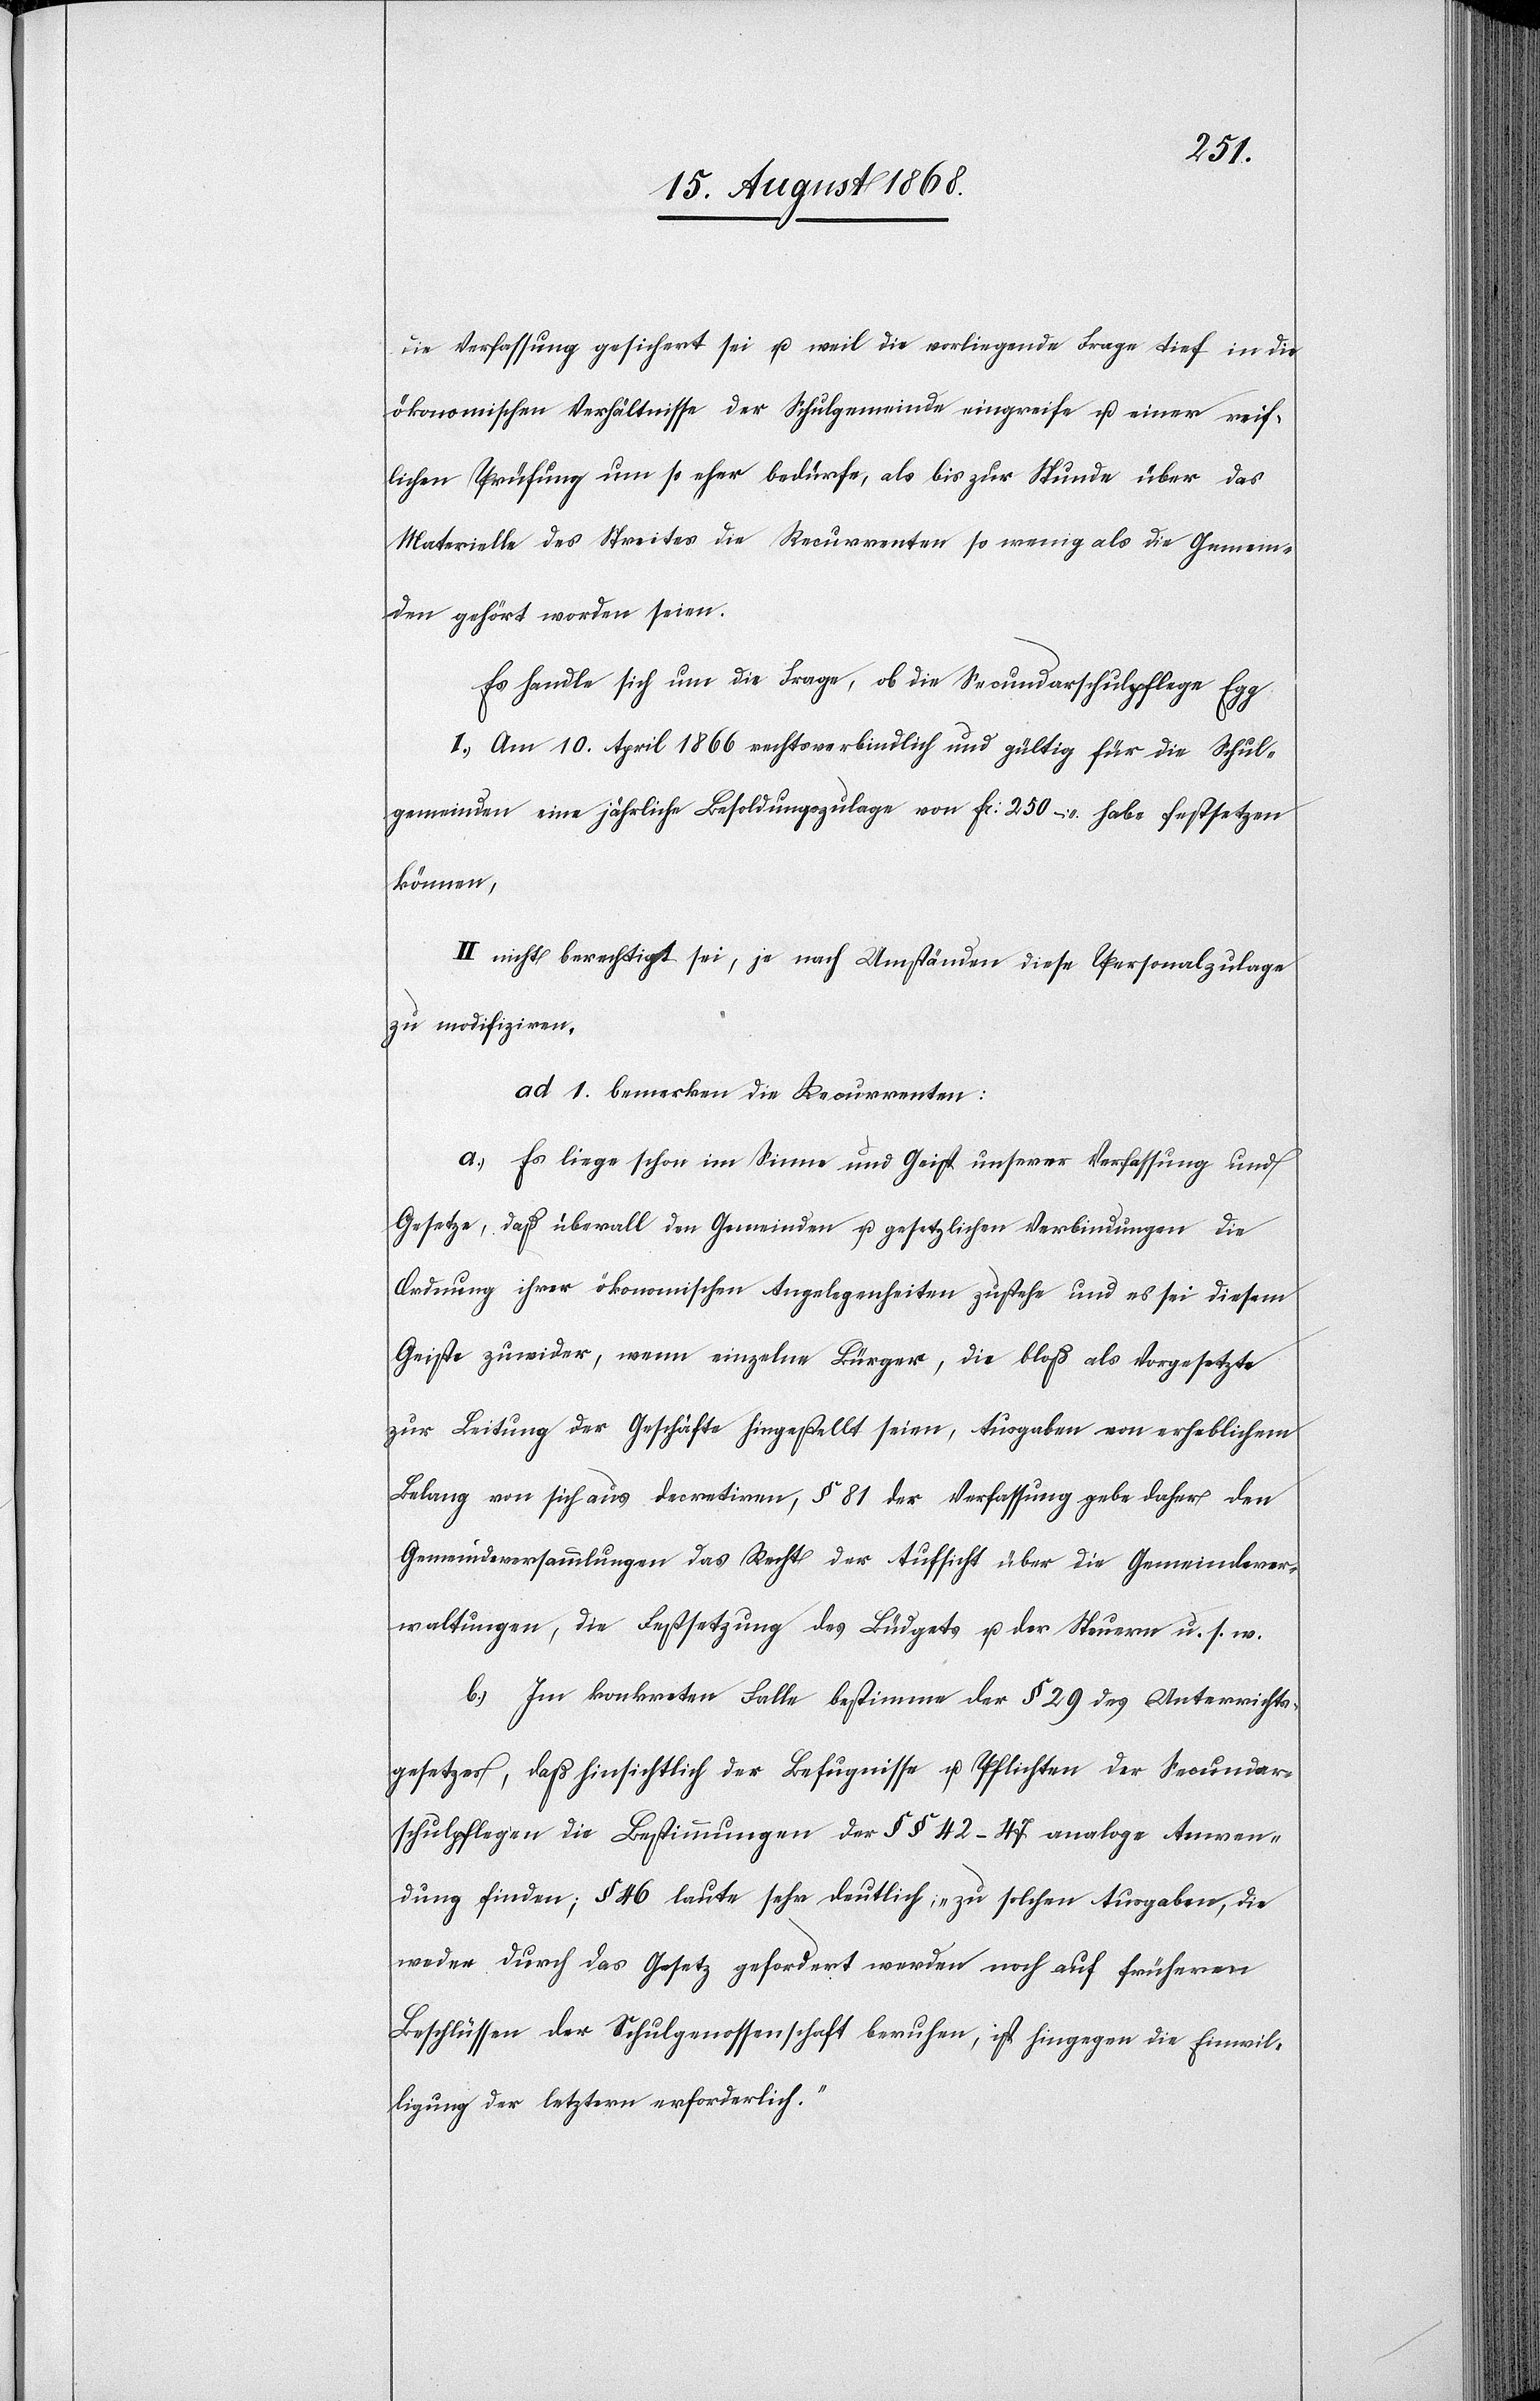
die Verfassung gesichert sei u. weil die vorliegende Frage tief in die
ökonomischen Verhältnisse der Schulgemeinde eingreife u. einer reif¬
lichen Prüfung um so eher bedürfe, als bis zur Stunde über das
Materielle des Streites die Recurrenten so wenig als die Gemein¬
den gehört worden seien.
Es handle sich um die Frage, ob die Secundarschulpflege Egg:
Am 10. April 1866 rechtsverbindlich und gültig für die Schul¬
gemeinden eine jährliche Besoldungszulage von Fr: 250 – habe festsetzen
können,
nicht berechtigt sei, je nach Umständen diese Personalzulage
zu modifiziren.
ad 1. bemerken die Recurrenten:
a.) Es liege schon im Sinne und Geist unserer Verfassung und
Gesetze, daß überall den Gemeinden u. gesetzlichen Verbindungen die
Ordnung ihrer ökonomischen Angelegenheiten zustehe und es sei diesem
Geiste zuwider, wenn einzelne Bürger, die bloß als Vorgesetzte
zur Leitung der Geschäfte hingestellt seien, Ausgaben von erheblichem
Belang von sich aus decretiren, § 81 der Verfassung gebe daher den
Gemeindeversammlungen das Recht der Aufsicht über die Gemeindever¬
waltungen, die Festsetzung des Büdgets u. der Steuern u. s. w.
b.) Im konkreten Falle bestimme der § 29 des Unterrichts¬
gesetzes, daß hinsichtlich der Befugnisse u. Pflichten der Secundar¬
schulpflegen die Bestimmungen der §§ 42–47 analoge Anwen¬
dung finden; § 46 laute sehr deutlich, „zu solchen Ausgaben, die
weder durch das Gesetz gefordert werden noch auf früheren
Beschlüssen der Schulgenossenschaft beruhen, ist hingegen die Einwil¬
ligung der letztern erforderlich.“